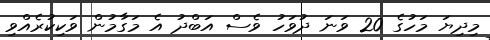
މިދިޔަ މަހުގެ 20 ވަނަ ދުވަހު ވެސް އަބްދު އެ މަގާމުން ވަކިކުރެއްވި